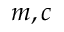
m , c